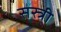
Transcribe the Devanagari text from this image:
सस्त्री